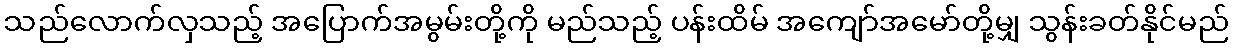
သည်လောက်လှသည့် အပြောက်အမွမ်းတို့ကို မည်သည့် ပန်းထိမ် အကျော်အမော်တို့မျှ သွန်းခတ်နိုင်မည်